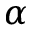
\alpha